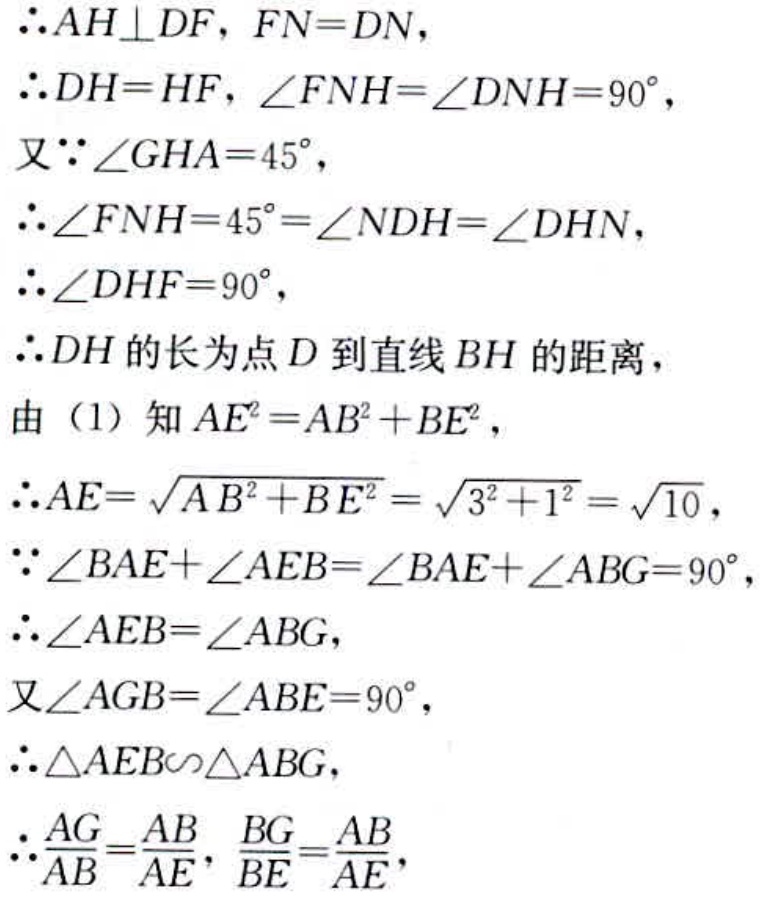
\begin{align*}
&\therefore AH\perp DF,\ FN = DN,\\
&\therefore DH = HF,\ \angle FNH=\angle DNH = 90^{\circ},\\
&\text{又}\because\angle GHA = 45^{\circ},\\
&\therefore\angle FNH = 45^{\circ}=\angle NDH=\angle DHN,\\
&\therefore\angle DHF = 90^{\circ},\\
&\therefore DH\text{ 的长为点 }D\text{ 到直线 }BH\text{ 的距离},\\
&\text{由（1）知 }AE^{2}=AB^{2}+BE^{2},\\
&\therefore AE=\sqrt{AB^{2}+BE^{2}}=\sqrt{3^{2}+1^{2}}=\sqrt{10},\\
&\because\angle BAE+\angle AEB=\angle BAE+\angle ABG = 90^{\circ},\\
&\therefore\angle AEB=\angle ABG,\\
&\text{又}\angle AGB=\angle ABE = 90^{\circ},\\
&\therefore\triangle AEB\sim\triangle ABG,\\
&\therefore\frac{AG}{AB}=\frac{AB}{AE},\ \frac{BG}{BE}=\frac{AB}{AE},
\end{align*}